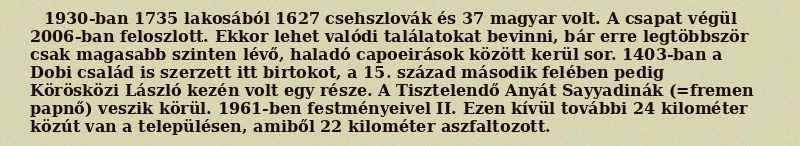
1930-ban 1735 lakosából 1627 csehszlovák és 37 magyar volt. A csapat végül 2006-ban feloszlott. Ekkor lehet valódi találatokat bevinni, bár erre legtöbbször csak magasabb szinten lévő, haladó capoeirások között kerül sor. 1403-ban a Dobi család is szerzett itt birtokot, a 15. század második felében pedig Körösközi László kezén volt egy része. A Tisztelendő Anyát Sayyadinák (=fremen papnő) veszik körül. 1961-ben festményeivel II. Ezen kívül további 24 kilométer közút van a településen, amiből 22 kilométer aszfaltozott.